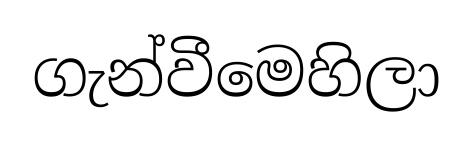
ගැන්වීමෙහිලා